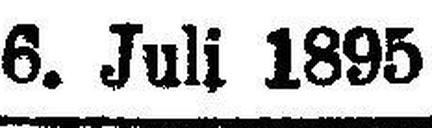
6. Juli 1895